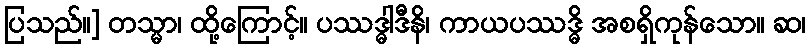
ပြသည်။] တသ္မာ၊ ထို့ကြောင့်။ ပဿဒ္ဓါဒီနိ၊ ကာယပဿဒ္ဓိ အစရှိကုန်သော။ ဆ၊